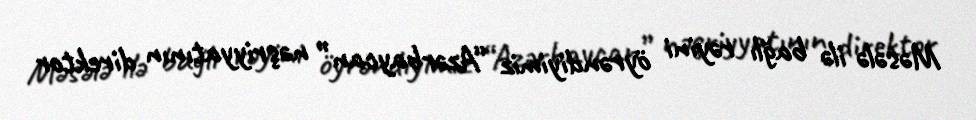
Məsələ ilə bağlı rəyini öyrəndiyimiz “Azərbaycan” nəşriyyatının direktor